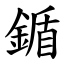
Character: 鍎